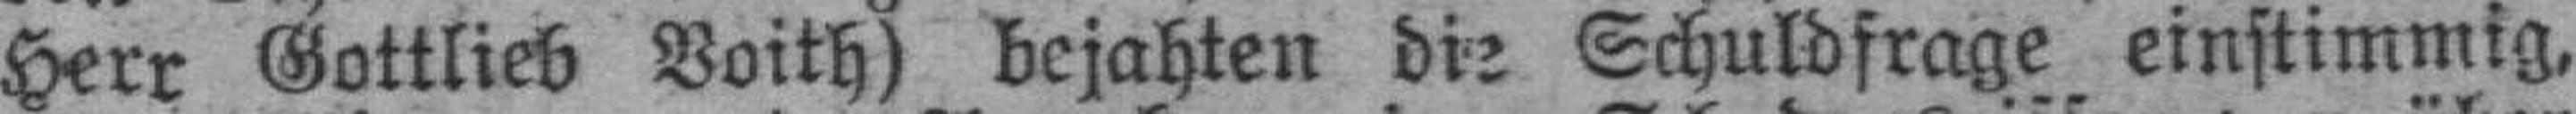
Herr Gottlieb Voith) bejahten die Schuldfrage einstimmig,